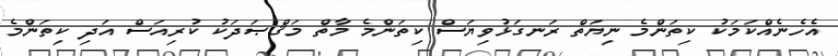
އެހެނެއްކަމަކު ކިތަންމެ ނިޔަތް ރަނގަޅުވިޔަސް ކިތަންމެ މާތް މަޤްޞަދަކު ކުރިއަސް އަދި ކިތަންމެ